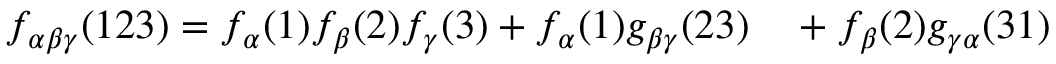
\begin{array} { r l } { f _ { \alpha \beta \gamma } ( 1 2 3 ) = f _ { \alpha } ( 1 ) f _ { \beta } ( 2 ) f _ { \gamma } ( 3 ) + f _ { \alpha } ( 1 ) g _ { \beta \gamma } ( 2 3 ) } & { { } + f _ { \beta } ( 2 ) g _ { \gamma \alpha } ( 3 1 ) } \end{array}